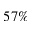
5 7 \%